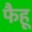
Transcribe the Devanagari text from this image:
फैहू